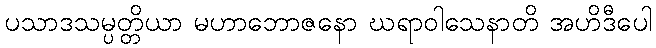
ပသာဒသမ္ပတ္တိယာ မဟာဘောဇနော ဃရာဝါသေနာတိ အဟိဒီပေါ